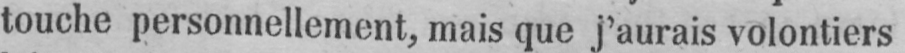
touche personnellement, mais que j’aurais volontiers